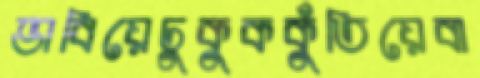
ভাবিয়েঢুকুককুঁতিয়েবা